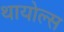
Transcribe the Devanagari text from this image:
थायोल्स